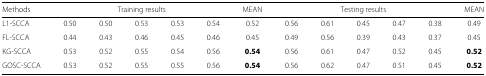
<table><thead><tr><td><b>Methods</b></td><td colspan="4"><b>Training results</b></td><td></td><td><b>MEAN</b></td><td colspan="4"><b>Testing results</b></td><td></td><td><b>MEAN</b></td></tr></thead><tbody><tr><td>L1-SCCA</td><td>0.50</td><td>0.50</td><td>0.53</td><td>0.53</td><td>0.54</td><td>0.52</td><td>0.56</td><td>0.61</td><td>0.45</td><td>0.47</td><td>0.38</td><td>0.49</td></tr><tr><td>FL-SCCA</td><td>0.44</td><td>0.43</td><td>0.46</td><td>0.45</td><td>0.46</td><td>0.45</td><td>0.49</td><td>0.56</td><td>0.39</td><td>0.43</td><td>0.37</td><td>0.45</td></tr><tr><td>KG-SCCA</td><td>0.53</td><td>0.52</td><td>0.55</td><td>0.54</td><td>0.56</td><td><b>0.54</b></td><td>0.56</td><td>0.61</td><td>0.47</td><td>0.52</td><td>0.45</td><td><b>0.52</b></td></tr><tr><td>GOSC-SCCA</td><td>0.53</td><td>0.52</td><td>0.55</td><td>0.55</td><td>0.56</td><td><b>0.54</b></td><td>0.56</td><td>0.62</td><td>0.47</td><td>0.51</td><td>0.45</td><td><b>0.52</b></td></tr></tbody></table>